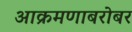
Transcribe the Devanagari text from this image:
आक्रमणाबरोबर